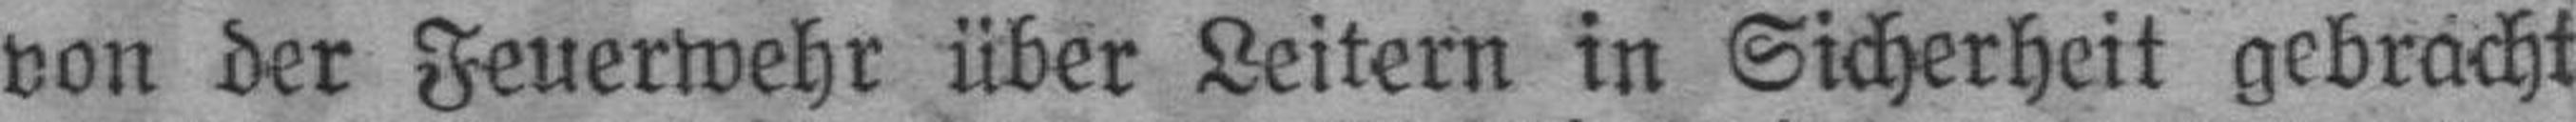
von der Feuerwehr über Leitern in Sicherheit gebracht